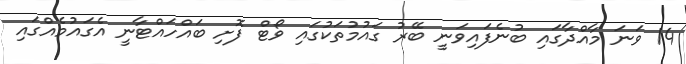
14 ވަނަ މާއްދާގައި ބުނެފައިވަނީ ބޭރު ގައުމުތަކުގައި ވޯޓް ފޮށި ބައްހައްޓާނީ އެގައުމެއްގައި